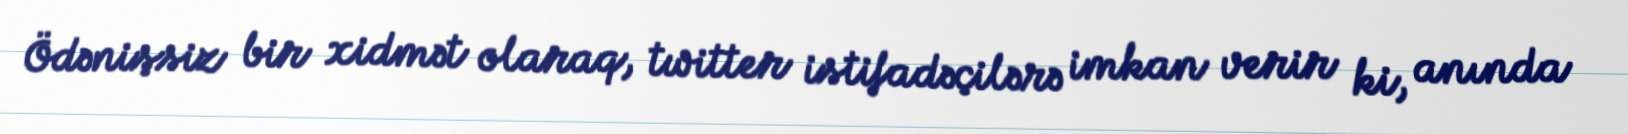
Ödənişsiz bir xidmət olaraq, twitter istifadəçilərə imkan verir ki, anında